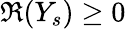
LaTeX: \Re(Y_{s})\geq 0